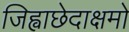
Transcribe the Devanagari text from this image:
जिह्वाछेदाक्षमो